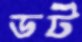
ডট